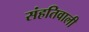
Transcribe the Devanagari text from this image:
संहतिवाली